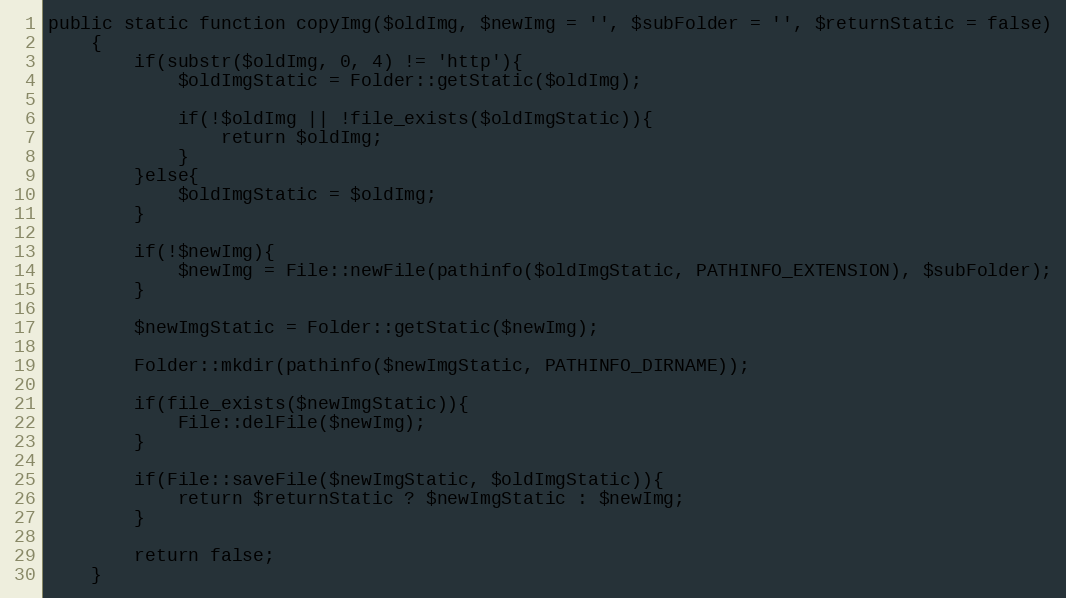
Language: PHP
public static function copyImg($oldImg, $newImg = '', $subFolder = '', $returnStatic = false)
    {
        if(substr($oldImg, 0, 4) != 'http'){
            $oldImgStatic = Folder::getStatic($oldImg);

            if(!$oldImg || !file_exists($oldImgStatic)){
                return $oldImg;
            }
        }else{
            $oldImgStatic = $oldImg;
        }

        if(!$newImg){
            $newImg = File::newFile(pathinfo($oldImgStatic, PATHINFO_EXTENSION), $subFolder);
        }

        $newImgStatic = Folder::getStatic($newImg);

        Folder::mkdir(pathinfo($newImgStatic, PATHINFO_DIRNAME));

        if(file_exists($newImgStatic)){
            File::delFile($newImg);
        }

        if(File::saveFile($newImgStatic, $oldImgStatic)){
            return $returnStatic ? $newImgStatic : $newImg;
        }

        return false;
    }